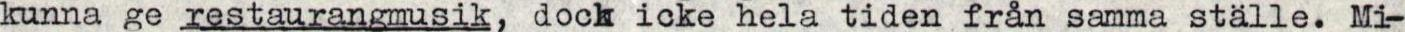
kunna ge restaurangmusik, dock icke hela tiden från samma ställe. Mi-